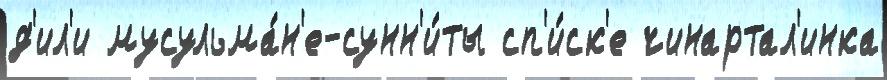
д'ил'и мусульма́н'е-сунн'и́ты сп'и́ск'е чинартал'инка